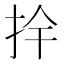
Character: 𭠛